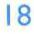
18